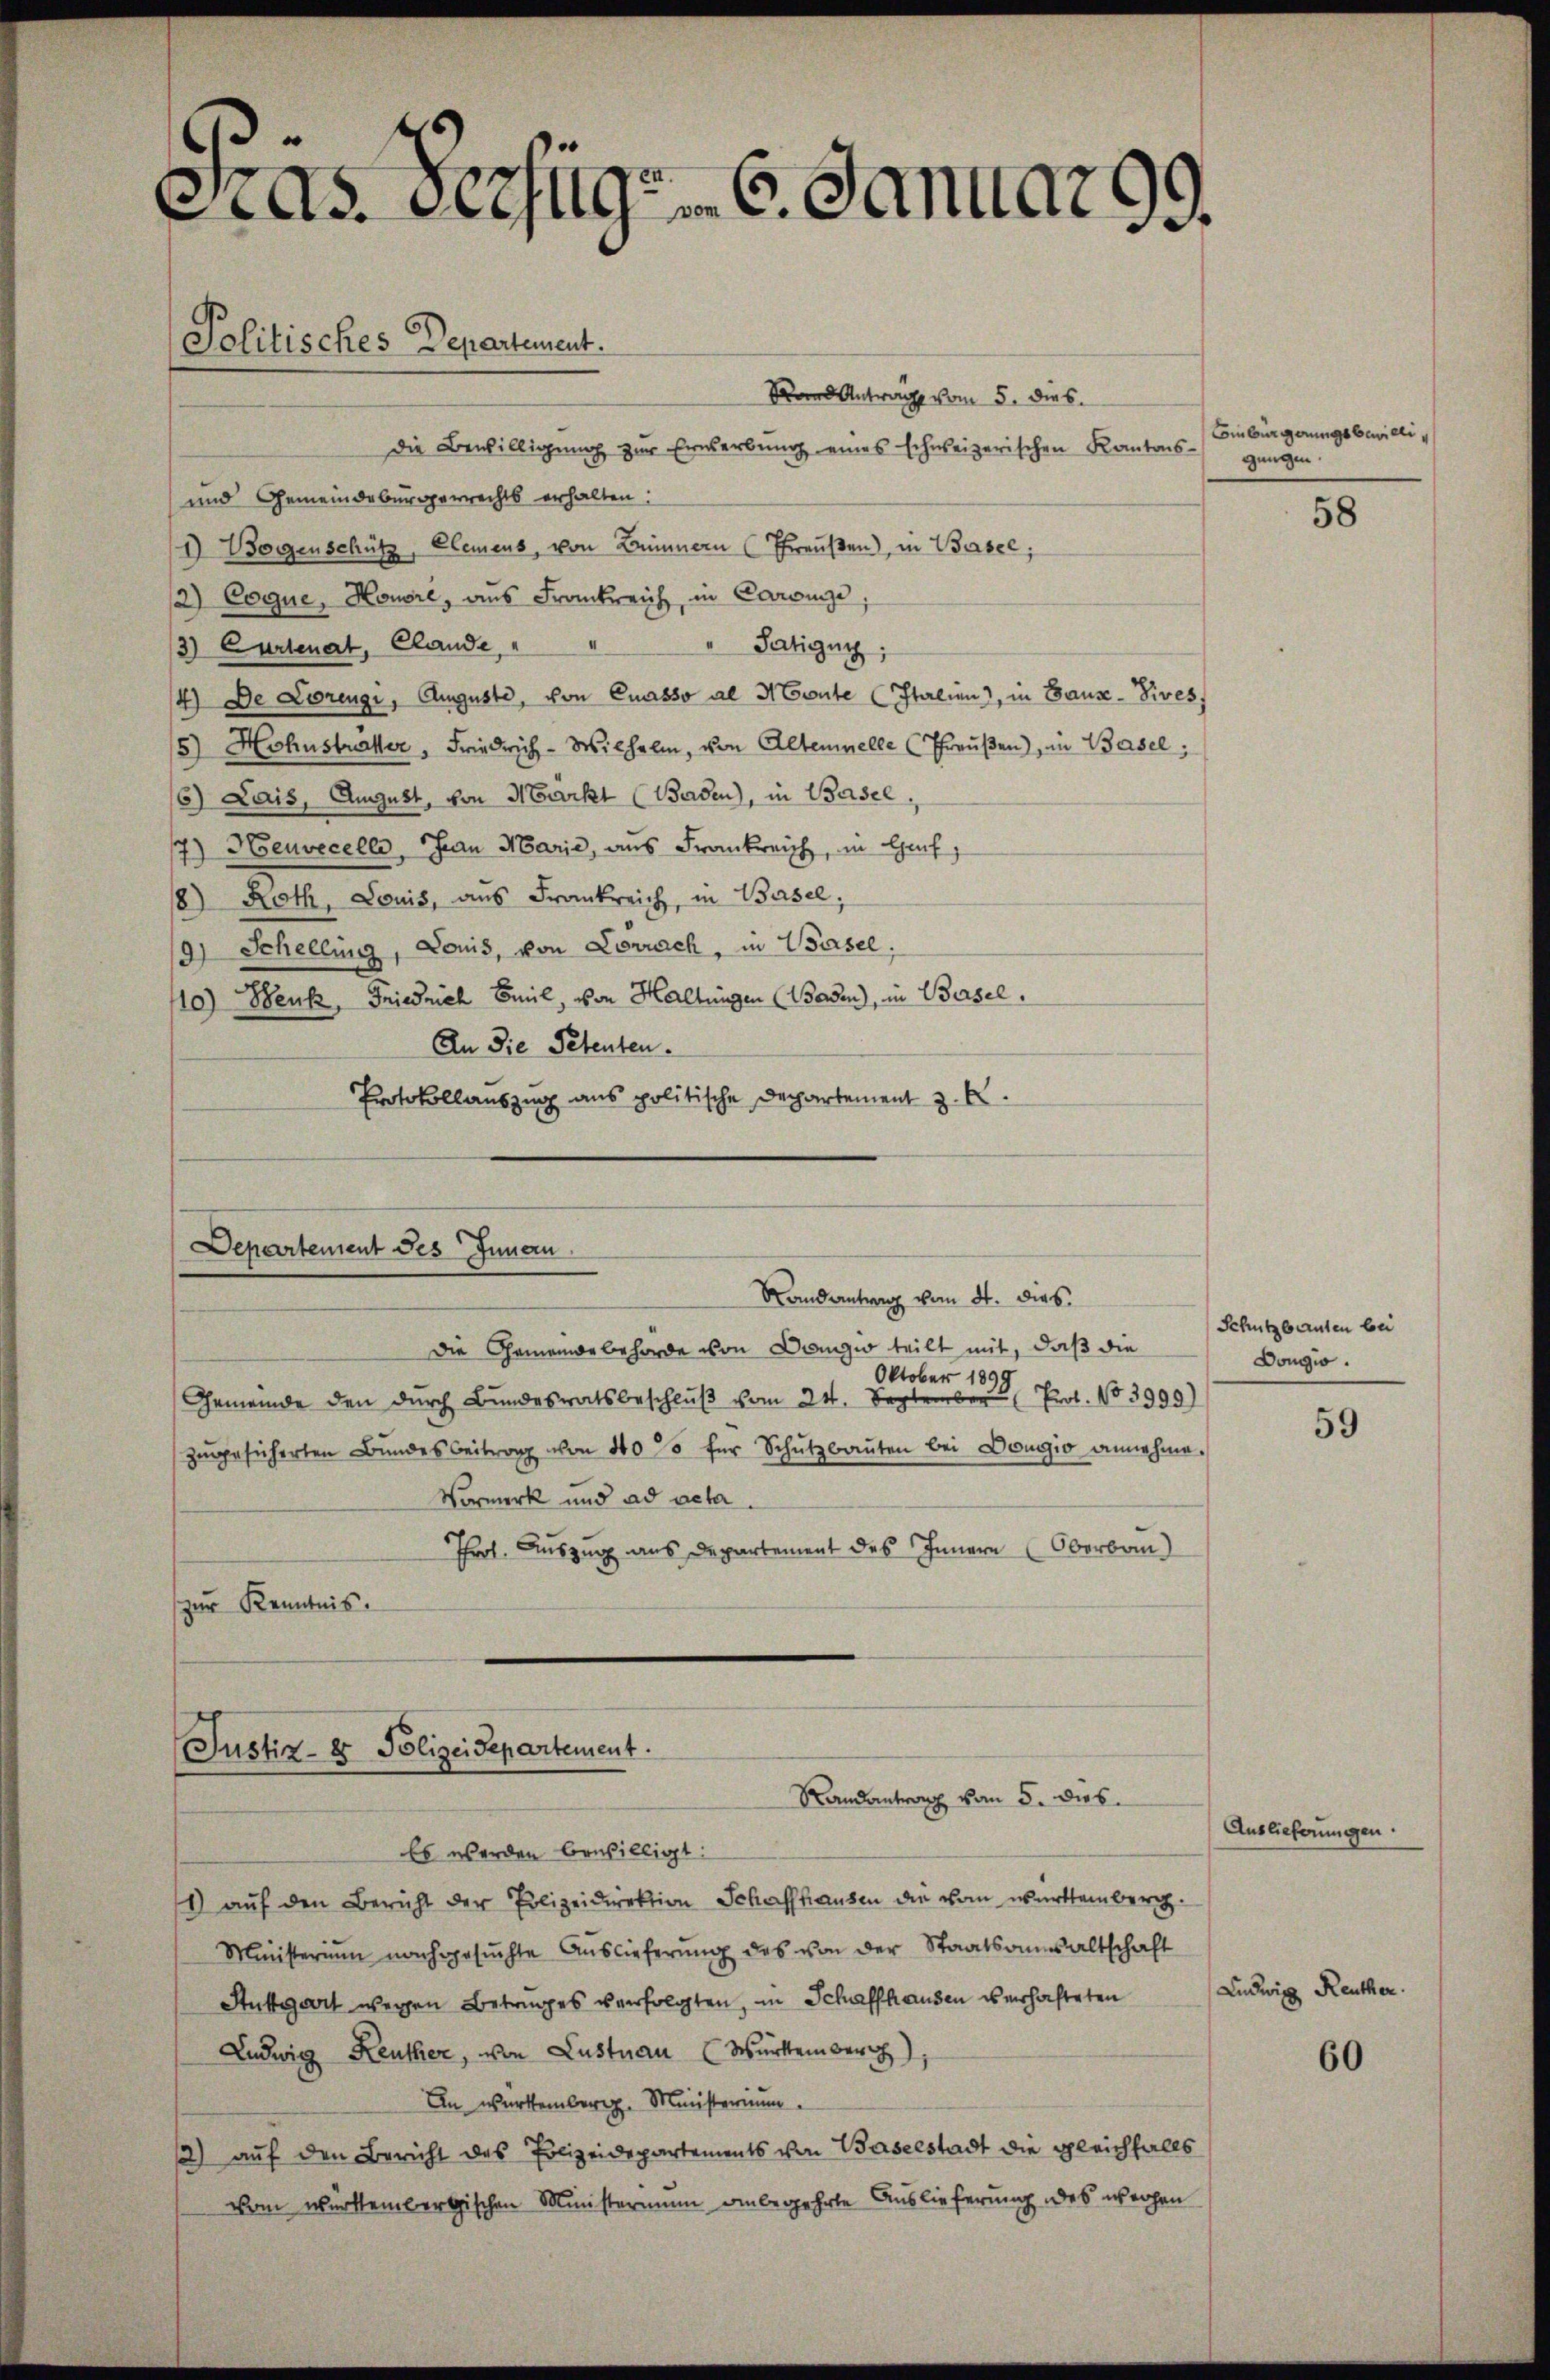
.
As. Verzug. 6. Januar 99.
Politisches Departement.
Rand Antrag vom 5. dies

Die Bewilligung zur Erwerbung eines schweizerischen Kantons-
und Gemeindebürgerrechts erhalten:
I) Bogenschütz, Elemens, von Zimmern (Preußen), in Basel;
12) Coque, Honore, aus Frankreich, in Caroinze
3) Cartenat, Elande,
" Patigun
4) De Lorengi, Auguste, von Cuasso al Monte (Italien), in Gaus - Sives,
5) Hohnstraher, Friedrich - Wilhelm, von Altenwelle (Threußen), in Basel;
6) Lais, August, von Markt (Baden), in Basel.
17) Heuvecelle, an Marie, aus Frankreich, in Gef
8) Roth, Louis, aus Frankreich, in Basel,
9) Schellung, Louis, von Lovrach, in Wasel.
10) Denk, Friedrich Emil, von Haltungen (Baden, in Basel.
An die Petenten.
Protokollauszug aus politische Departement z. B.

Departement Jes Innern.
Randantrag vom 4. dies
Die Gemeindebehörde von Dogwo teilt mit, daß die
Oktober 1899
Gemeinde den durch Bundesratsbeschlŭβ vom 24. September Prof. No 3999)
zŭgesicherten Bundesbeitrag von 40% für Schutzbauten bei Dougio annehme.
Vormerk und ad acta.
Frl. Auszug aus Departement des Innern (Oberbau
zur Kenntnis.

Justiz- & Polizeidepartement.

Es werden bewilligt:
1 auf den Bericht der Polizeidirektion Schaffhausen die vom Württemberg¬
Ministerium nachgesŭchte Aŭslieferŭng des von der Staatsansaltschaft
Stuttgart wegen Betrages verfolgten, in Schaffhausen verhafteten
Ludwig Reuther, von Lustnau (Württember
In wartemberg. Ministerium
2) auf den Bericht des Polizeidepartements von Baselstadt die gleichfalls
vom wartembergischen Ministerium anbegehrte Auslieferung des wegen

Randantrag vom 5. dies

Emburgerungsbewillig
gungen

58

Schutzbarnten bei
Dougio.

59

Auslieferungen.

Ludwig Reuther

60